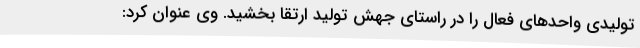
تولیدی واحدهای فعال را در راستای جهش تولید ارتقا بخشید. وی عنوان کرد: